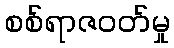
စစ်ရာဇဝတ်မှု